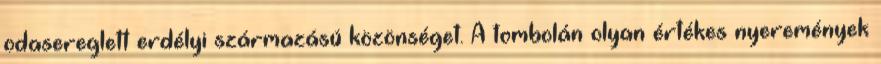
odasereglett erdélyi származású közönséget. A tombolán olyan értékes nyeremények